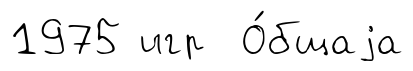
1975 игр О́бщаjа